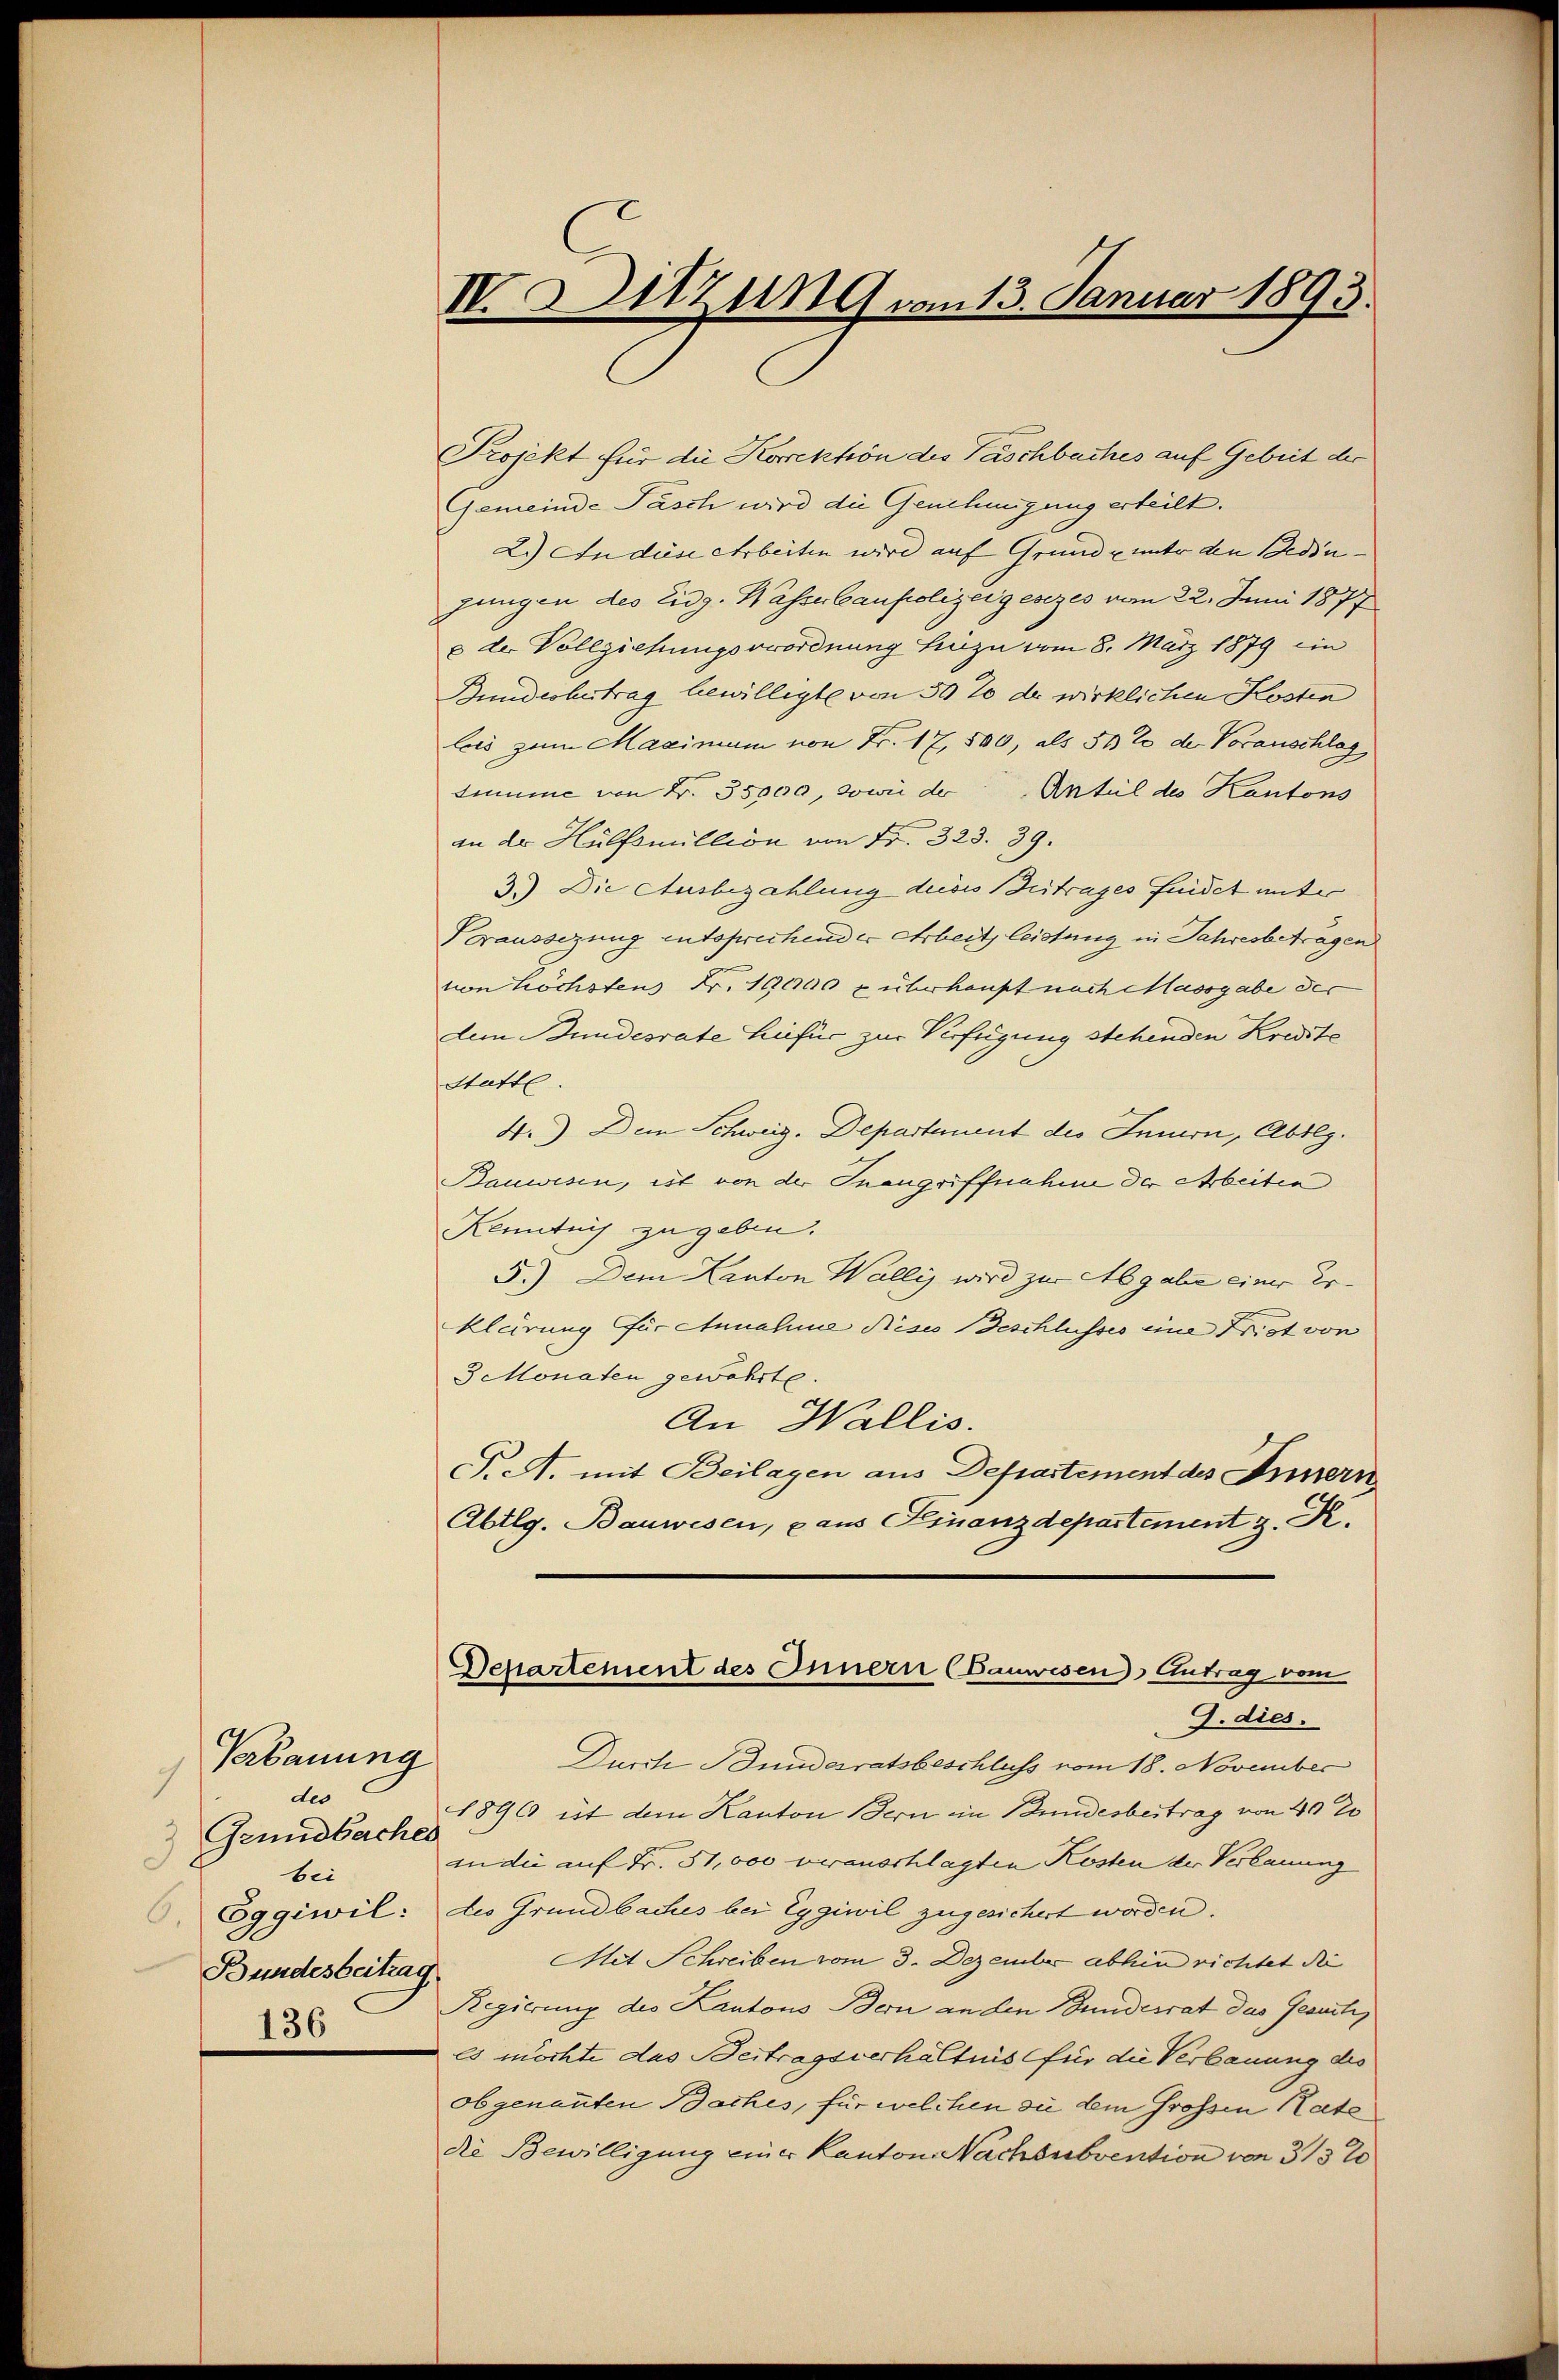
7
des
Grundbucher
3
bei
Bundesbeitrag
136

Verbauung

IVSitzung vom 13. Januar 1893.

Projekt für die Korrektion des Paschbaches auf Gebiet der
Gemeinde Pasch wird die Genehmigung erteilt.
2.) An diese Arbeiten wird auf Grund- unter den Bedinjungen des Eidg. Wasserbaupolizeigesezes vom 22. Junii 1877
e der Vollziehungsverordnung hiezu vom 8. März 1879 ein
Bundesbetrag bewilligte von 30% der wirklichen Kosten
leis zum Maximum von Fr. 17, 500, als 50 % der Voranschlag
Summe von Nr. 35000, sowie der Anteil des Kantons
an der Hülfsmillion von Fr. 323. 39.
3.) Die Ausbezahlung deises Betrages findet unter
Voraussezung entsprechender Arbeit leistung in Jahresbetragen
von höchstens Fr. 10000 z überhaupt nach Massgabe der
dem Bundesrate hiefür zur Verfügung stehenden Kredite
Statte.
4.) Dem Schweiz. Departement des Innern, Abtlg.
Bauwesen, est von der Inangriffnahme der Arbeiten
Kenntnis zu geben.
5.) Dem Kanton Wallis wird zur Abgabe einer Erklärung für Annahme Nises Beschlusses eine Frist von
3 Monaten gewährte.
An Wallis.
P.A. mit Beilagen aus Departement des Innern
Abtlg. Bauwesen, aus Finanzdepartement z. K.
Departement des Innern (Bauwesen Antrag vom
G. dies.
Durch Bundesratsbeschluss vom 18. November
1896 ist dem Kanton Bern im Bundesbertrag von 40 20
an die auf Fr. 51,000 veransschlagten Kosten der Verbauung
Eggiwil: des Grundbaches bei Eggiwil zugesichert worden.
Mit Schreiben vom 3. Dezember abhin richtet die
Regierung des Kantons Bern an den Bundesrat das Gesuch,
es möchte das Beitragsverhältnis für die Verbauung des
Obgenannten Baches, für welchen sie dem Grossen Kate
die Bewilligung einer Kanton Nachsubvention von 3/3%